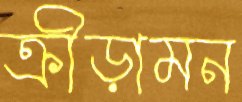
ক্রীড়ামন